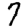
Digit: 7